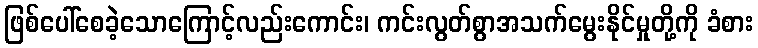
ဖြစ်ပေါ်စေခဲ့သောကြောင့်လည်းကောင်း၊ ကင်းလွတ်စွာအသက်မွေးနိုင်မှုတို့ကို ခံစား